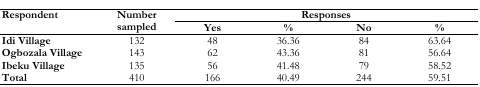
<table><thead><tr><td rowspan="3"><b>Respondent</b></td><td rowspan="3"><b>Number sampled</b></td><td colspan="4"><b>Responses</b></td></tr><tr><td><b>Yes</b></td><td><b>%</b></td><td><b>No</b></td><td><b>%</b></td></tr></thead><tbody><tr><td><b>Idi Village</b></td><td>132</td><td>48</td><td>36.36</td><td>84</td><td>63.64</td></tr><tr><td><b>Ogbozala Village</b></td><td>143</td><td>62</td><td>43.36</td><td>81</td><td>56.64</td></tr><tr><td><b>Ibeku Village</b></td><td>135</td><td>56</td><td>41.48</td><td>79</td><td>58.52</td></tr><tr><td><b>Total</b></td><td>410</td><td>166</td><td>40.49</td><td>244</td><td>59.51</td></tr></tbody></table>